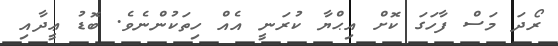
ރޯދަ މަސް ފާހަގަ ކޮށް އިޙްޔާ ކުރަނީ އެއް ހިތަކުންނެވެ. ބޮޑު ޢީދާއި